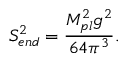
S _ { e n d } ^ { 2 } = { \frac { M _ { p l } ^ { 2 } g ^ { 2 } } { 6 4 \pi ^ { 3 } } } .